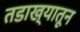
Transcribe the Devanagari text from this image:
तडाख्यातून